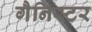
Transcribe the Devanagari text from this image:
गैनिस्टर